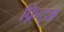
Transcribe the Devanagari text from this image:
फ़िट्स